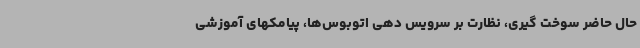
حال حاضر سوخت گیری، نظارت بر سرویس دهی اتوبوس‌ها، پیامکهای آموزشی